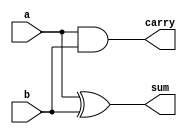
module AM_HalfAdder
(
	input a, 
	input b,
	output sum,
	output carry
);

assign sum = (a ^ b);
assign carry = (a & b);

endmodule